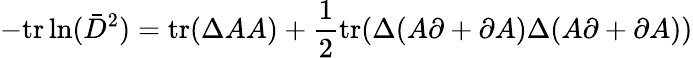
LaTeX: -\mathrm{tr}\ln(\bar{D}^{2})=\mathrm{tr}(\Delta AA)+\frac{1}{2}\mathrm{tr}(\Delta(A\partial+\partial A)\Delta(A\partial+\partial A))